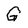
Character: G